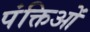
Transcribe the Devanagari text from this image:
पंक्तिओं